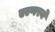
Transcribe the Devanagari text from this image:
एल्गरने